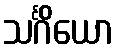
သင်္ဂိယော